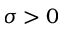
\sigma > 0